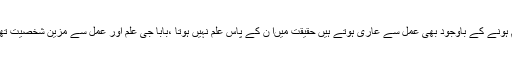
اس علم کا کیا فائدہ جو انسان کو متقی نہ بنائے ،بعض لوگ علم ہونے کے باوجود بھی عمل سے عاری ہوتے ہیں حقیقت میںا ن کے پاس علم نہیں ہوتا ،بابا جی علم اور عمل سے مزین شخصیت تھی وہ وقت کے ولی تھے اور اللہ تعالی سے ڈرنے والے تھے ۔